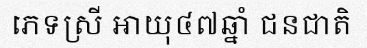
ភេទស្រី អាយុ៤៧ឆ្នាំ ជនជាតិ